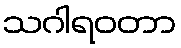
သဂါရဝတာ